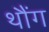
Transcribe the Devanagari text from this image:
थौंग